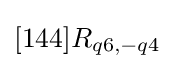
[144]R_{q6,-q4}